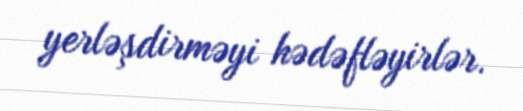
yerləşdirməyi hədəfləyirlər.